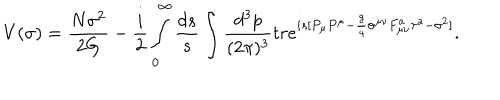
V ( \sigma ) = \frac { N \sigma ^ { 2 } } { 2 G } - { \frac { i } { 2 } } \int _ { 0 } ^ { \infty } \frac { d s } { s } \int \frac { d ^ { 3 } p } { ( 2 \pi ) ^ { 3 } } t r e ^ { i s [ P _ { \mu } P ^ { \mu } - { \frac { g } { 4 } } \sigma ^ { \mu \nu } F _ { \mu \nu } ^ { a } \tau ^ { a } - \sigma ^ { 2 } ] } .